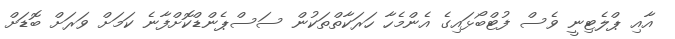
އާއި ޕްލެޓިނީ ވެސް ފުޓްބޯޅައިގެ އެންމެހާ ހަރަކާތްތަކުން ސަސްޕެންޑްކޮށްފާނެ ކަމަށް ވަރަށް ބޮޑަށް